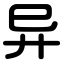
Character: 异